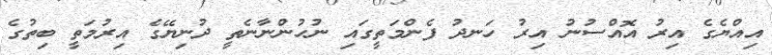
އިއްޔެގެ އިރު އޮއްސުނު އިރު ހަނދު ފެންމަތީގައި ނުހުންނާނެތީ ދުނިޔޭގެ އިރުމަތީ ބިތުގެ